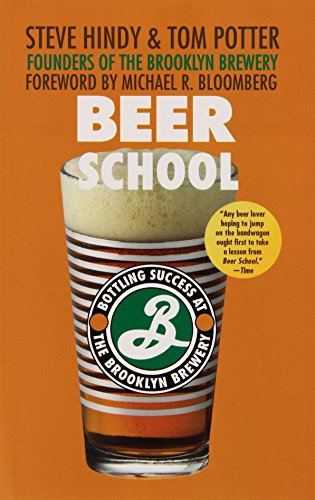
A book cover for Beer School: Bottling Success at the Brooklyn Brewery; Steve Hindy; Cookbooks, Food & Wine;